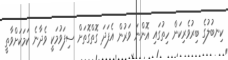
ކިނބުލުގެ ބިރުވެރިކަން ހިތުގައި އޮންނަ ވަރުން އެފަދަ ގޮތްގޮތަށް ސިފަވުމަކީ ވެދާނެ ކަމަކަށްވާތީ